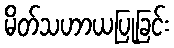
မိတ်သဟာယပြုခြင်း